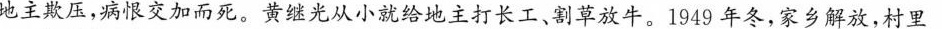
地主欺压，病恨交加而死。黄继光从小就给地主打长工、割草放牛。1949年冬，家乡解放，村里